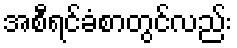
အစီရင်ခံစာတွင်လည်း